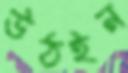
উঠইন